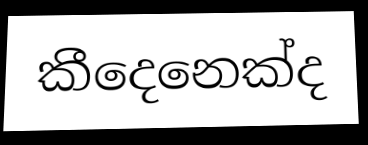
කීදෙනෙක්ද